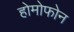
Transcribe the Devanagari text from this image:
होमोफोन